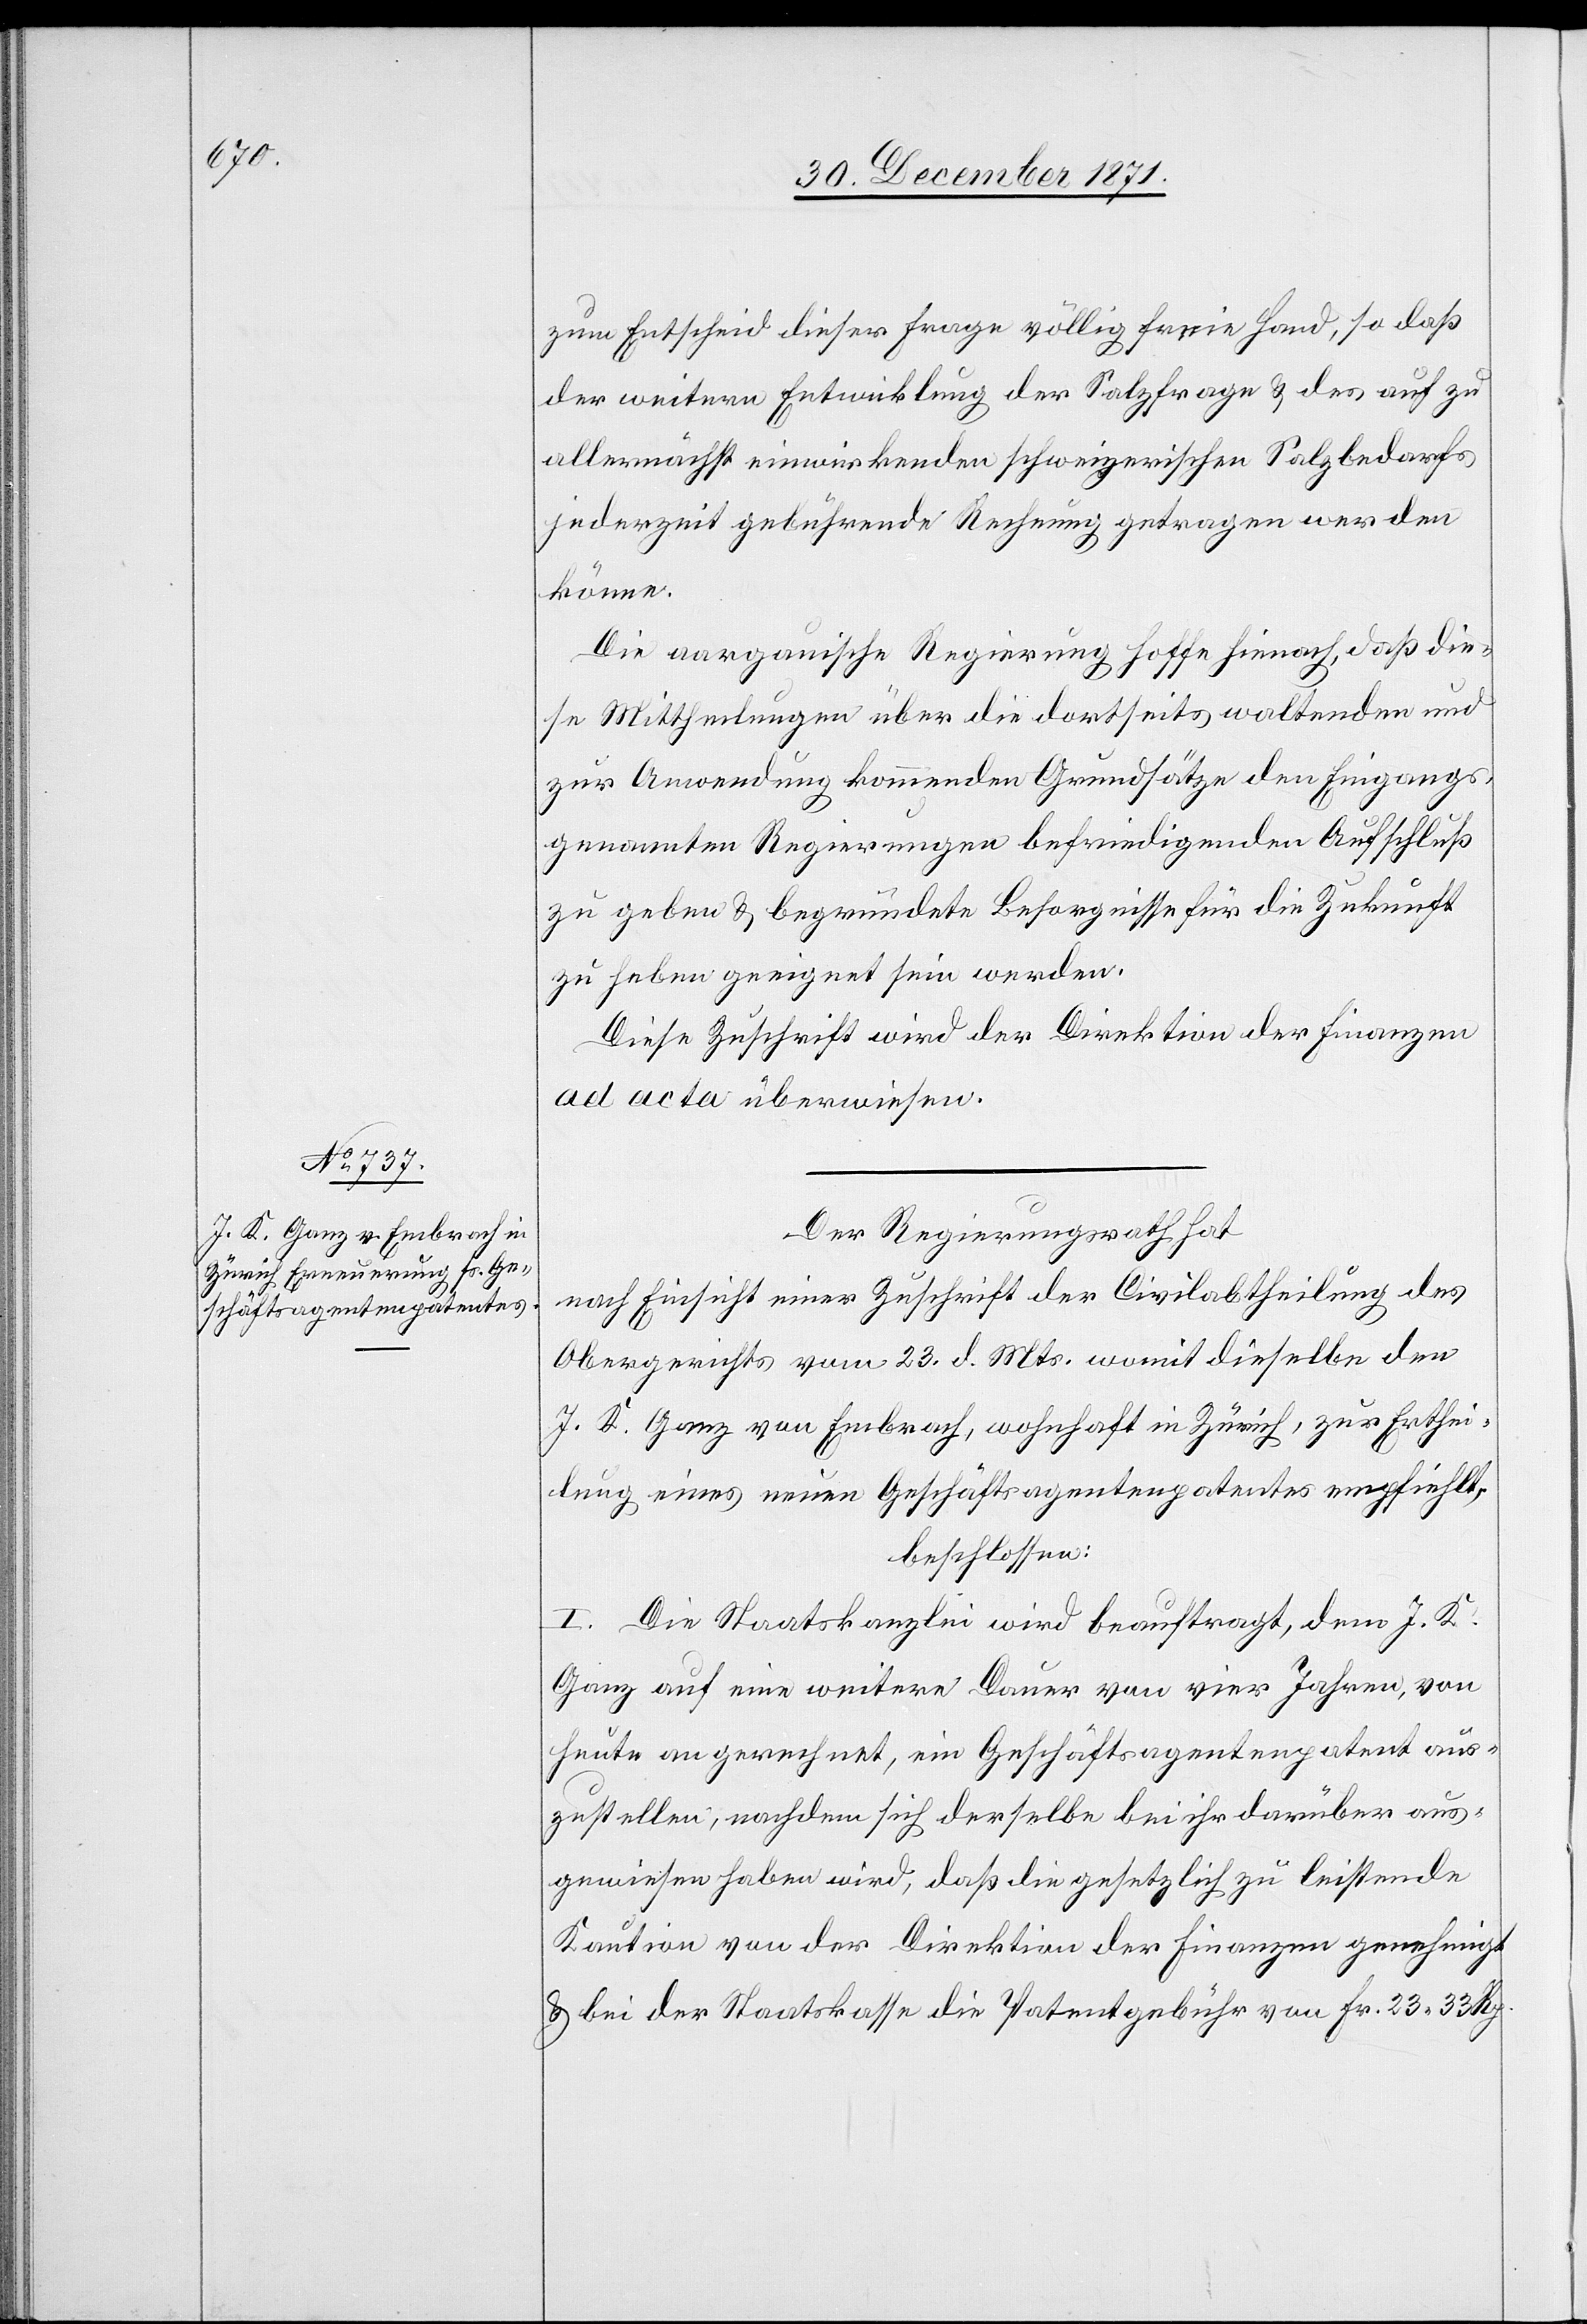
zum Entscheid dieser Frage völlig freie Hand, so daß
der weiteren Entwicklung der Salzfrage & des auf zu
allernächst einwirkenden schweizerischen Salzbedarfes
jederzeit gebührende Rechnung getragen werden
könne.
Die aargauische Regierung hoffe hienach, daß die¬
se Mittheilungen über die dortseits waltenden und
zur Anwendung kommenden Grundsätze den Eingangs
genannten Regierungen befriedigenden Aufschluß
zu geben & begründete Besorgnisse für die Zukunft
zu heben geeignet sein werden.
Diese Zuschrift wird der Direktion der Finanzen
ad acta überwiesen.
Der Regierungsrath hat
nach Einsicht einer Zuschrift der Civilabtheilung des
Obergerichts vom 23. d. Mts. womit dieselbe den
J. K. Ganz von Embrach, wohnhaft in Zürich, zur Erthei¬
lung eines neuen Geschäftsagentenpatentes empfiehlt,
beschlossen:
I. Die Staatskanzlei wird beauftragt, dem J. K.
Ganz auf eine weitere Dauer von vier Jahren, von
heute an gerechnet, ein Geschäftsagentenpatent aus¬
zustellen, nachdem sich derselbe bei ihr darüber aus¬
gewiesen haben wird, daß die gesetzlich zu leistende
Kaution von der Direktion der Finanzen genehmigt
& bei der Staatskasse die Patentgebühr von Fr. 23. 33 Rp.